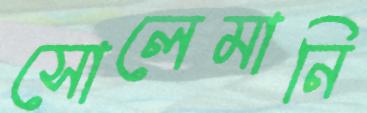
সোলেমানি